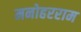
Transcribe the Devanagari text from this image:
मनोहरराम